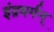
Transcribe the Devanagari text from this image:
इंद्रवर्मन्‌